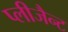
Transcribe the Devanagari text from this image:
प्लीजैन्ट